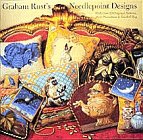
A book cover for Graham Rust's Needlepoint Designs: Over 20 Original Patterns, from Pincushion to Seashell Rug; Graham Rust; Crafts, Hobbies & Home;